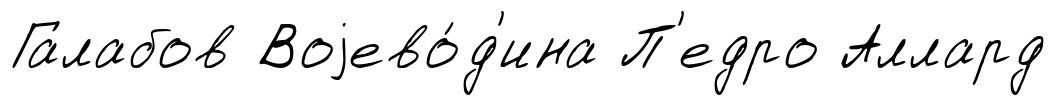
Галабов Воjево́д'ина П'едро Аллард